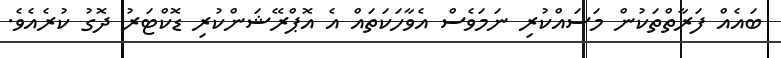
ބައެއް ފަރާތްތަކުން މަސައްކުރި ނަމަވެސް އެވާހަކަތައް އެ އޮޕްރޭޝަންކުރި ޑޮކްޓަރު ދޮގު ކުރެއެވެ.